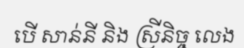
បើ សាន់នី និង ស្រីនិច្ច លេង